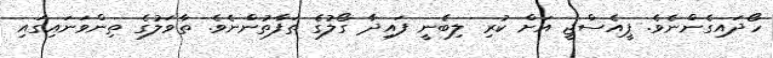
ހޯދައިގެންނެވެ. ޕީއެސްޖީ އަށް ކުރި ލިބެނީ ފައިދާ ގޯލުގެ ތަފާތުންނެވެ. ތާވަލުގެ ތިންވަނައިގައި